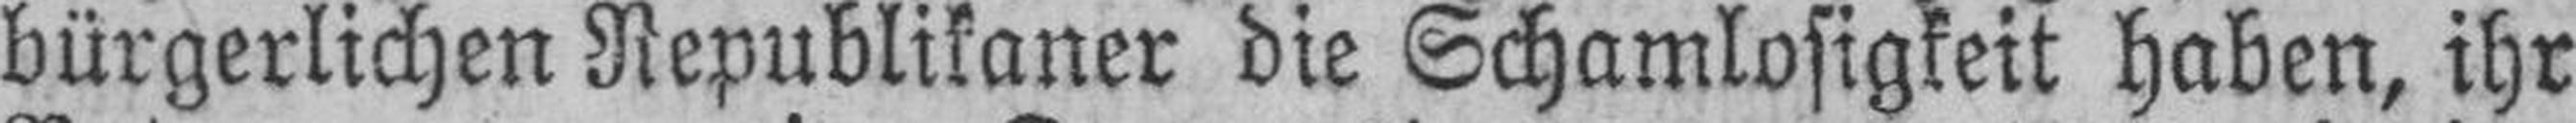
bürgerlichen Republikaner die Schamlosigkeit haben, ihr